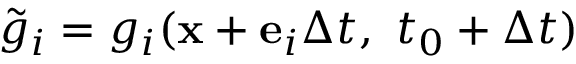
\tilde { g } _ { i } = g _ { i } ( \mathbf { x } + \mathbf { e } _ { i } \Delta t , \ t _ { 0 } + \Delta t )